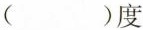
( )度